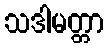
သဒါမတ္တာ